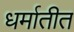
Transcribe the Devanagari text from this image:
धर्मातीत